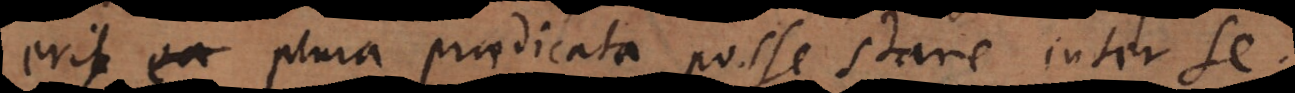
erit ea plura praedicata posse stare inter se.